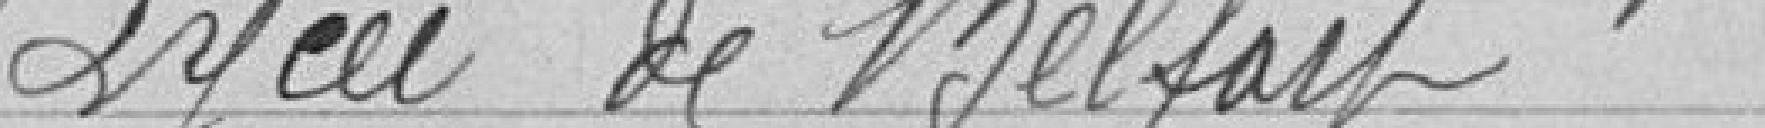
Lycée de Belfort